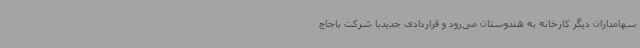
سهامداران دیگر کارخانه به هندوستان می‌رود و قراردادی جدیدبا شرکت باجاج